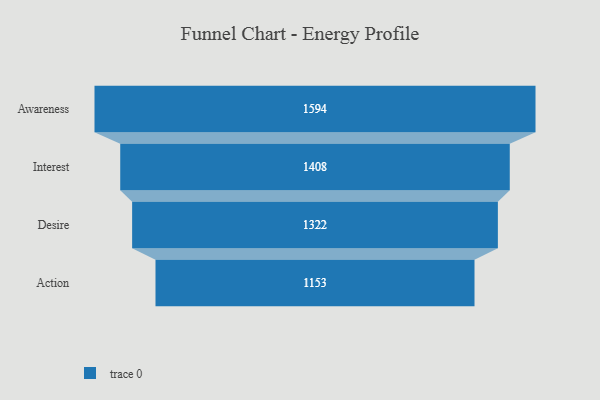
{"axis": {"x": "Stage", "y": "Value"}, "legend": [""], "data": [{"x": "Awareness", "y": 1594.0, "type": ""}, {"x": "Interest", "y": 1408.0, "type": ""}, {"x": "Desire", "y": 1322.0, "type": ""}, {"x": "Action", "y": 1153.0, "type": ""}]}